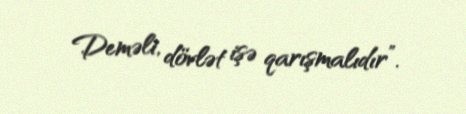
Deməli, dövlət işə qarışmalıdır”.